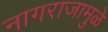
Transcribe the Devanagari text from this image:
नागराजामुळे